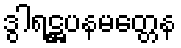
ဒွါရဋ္ဌပနမတ္တေန